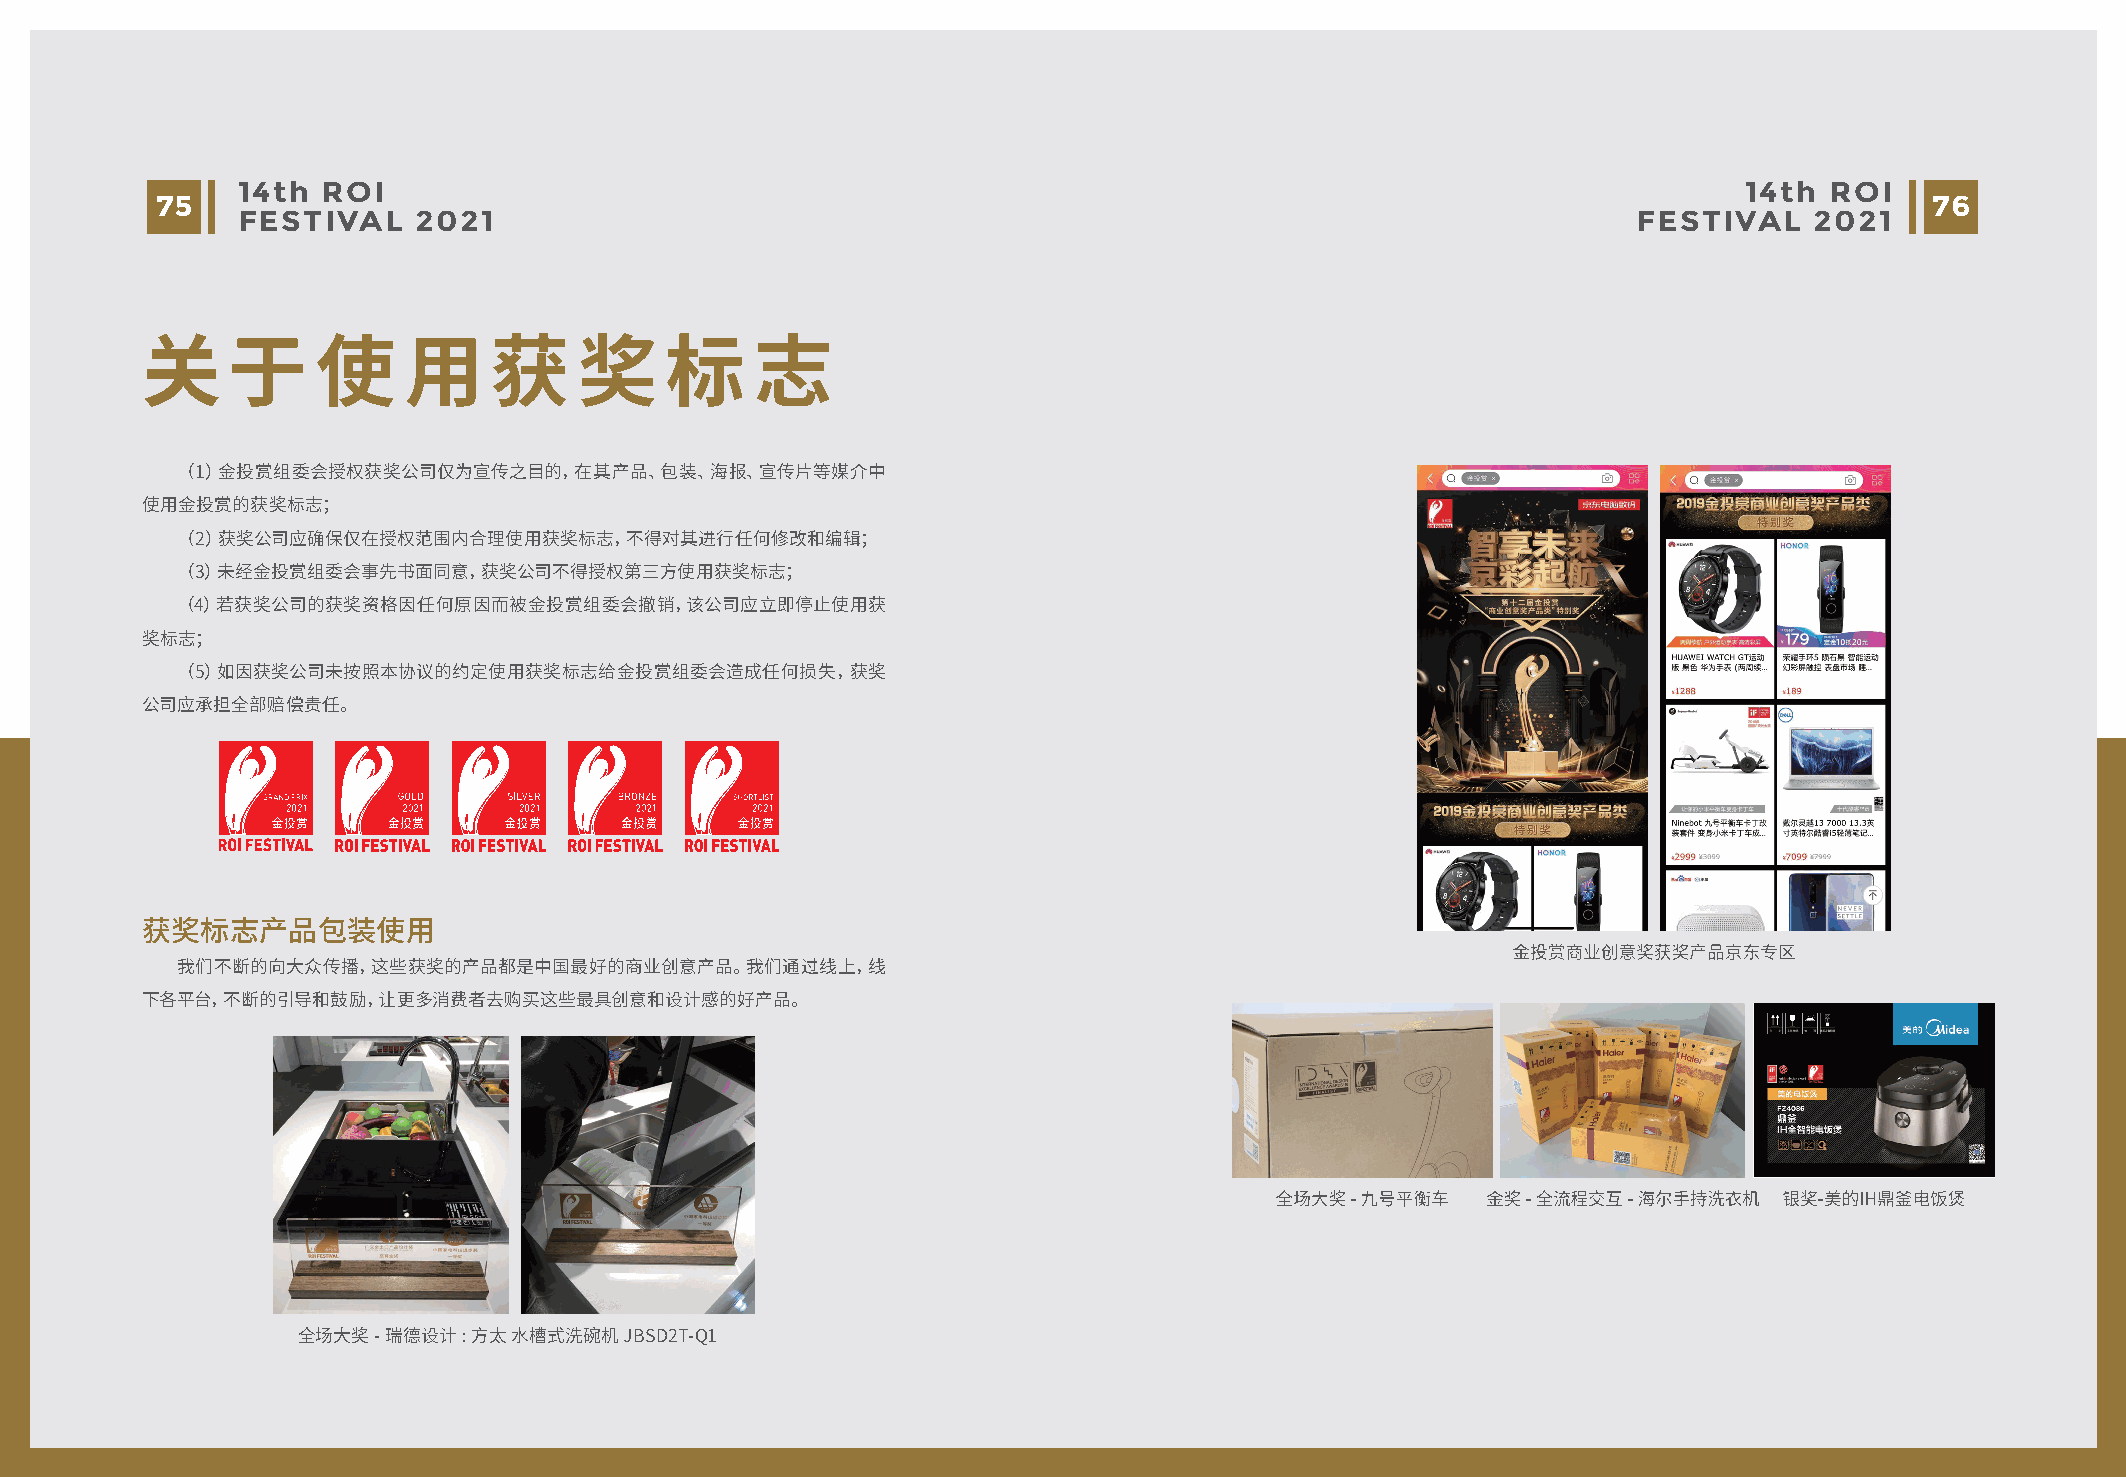
14th ROI                                                                                            14th ROI
 75                                                                                                                    76
 FESTIVAL   2021                                                                             FESTIVAL    2021
 关     于     使     用    获     奖     标     志
 （1）金投赏组委会授权获奖公司仅为宣传之目的，在其产品、包装、海报、宣传片等媒介中
 使用金投赏的获奖标志；
 （2）获奖公司应确保仅在授权范围内合理使用获奖标志，不得对其进行任何修改和编辑；
 （3）未经金投赏组委会事先书面同意，获奖公司不得授权第三方使用获奖标志；
 （4）若获奖公司的获奖资格因任何原因而被金投赏组委会撤销，该公司应立即停止使用获
 奖标志；
 （5）如因获奖公司未按照本协议的约定使用获奖标志给金投赏组委会造成任何损失，获奖
 公司应承担全部赔偿责任。
 获奖标志产品包装使用
 我们不断的向大众传播，这些获奖的产品都是中国最好的商业创意产品。我们通过线上，线
 下各平台，不断的引导和鼓励，让更多消费者去购买这些最具创意和设计感的好产品。
 全场大奖-瑞德设计:方太  水槽式洗碗机 JBSD2T-Q1